Lock hospitals Punjab
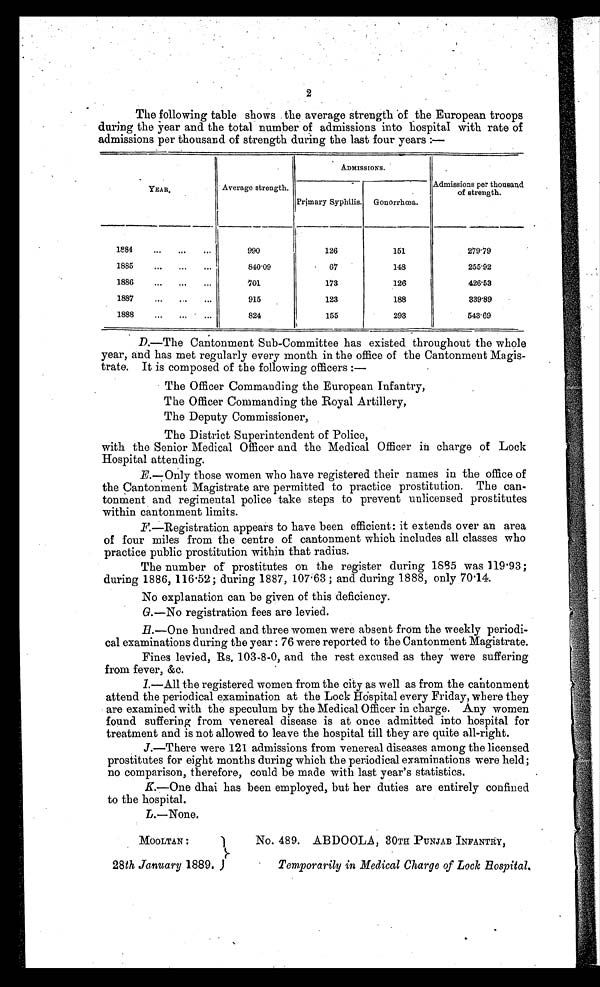
2
The following table shows the average strength of the European troops
during the year and the total number of admissions into hospital with rate of
admissions per thousand of strength during the last four years :—
ADMISSIONS.
YEAR.
Average strength.
Primary Syphilis. Gonorrhœa.
Admissions per thousand
of strength.
1884
...
. . .
. . .
990
126
151
279.79
1885
. . .
. . .
. . .
840.09
67
148
255.92
1886
...
. . .
...
701
173
126
426.53
1887
...
. . .
...
915
123
188
339.89
1888
...
...
...
824
155
293
543.69
D,—The Cantonment Sub-Committee has existed throughout the whole
year, and has met regularly every month in the office of the Cantonment Magis-
trate. It is composed of the following officers :—
The Officer Commanding the European Infantry,
The Officer Commanding the Royal Artillery,
The Deputy Commissioner,
The District Superintendent of Police,
with the Senior Medical Officer and the Medical Officer in charge of Lock
Hospital attending.
E.—Only those women who have registered their names in the office of
the Cantonment Magistrate are permitted to practice prostitution. The can-
tonment and regimental police take steps to prevent unlicensed prostitutes
within cantonment limits.
F.—Registration appears to have been efficient: it extends over an area
of four miles from the centre of cantonment which includes all classes who
practice public prostitution within that radius.
The number of prostitutes on the register during 1885 was 119.93;
during 1886, 116.52; during 1887, 107.63 ; and during 1888, only 70.14.
No explanation can be given of this deficiency.
G. —No registration fees are levied.
H.—One hundred and three women were absent from the weekly periodi-
cal examinations during the year : 76 were reported to the Cantonment Magistrate.
Fines levied, Rs. 103-8-0, and the rest excused as they were suffering
from fever, &c.
I. —All the registered women from the city as well as from the cantonment
attend the periodical examination at the Lock Hospital every Friday, where they
are examined with the speculum by the Medical Officer in charge. Any women
found suffering from venereal disease is at once admitted into hospital for
treatment and is not allowed to leave the hospital till they are quite all-right.
J.—There were 121 admissions from venereal diseases among the licensed
prostitutes for eight months during which the periodical examinations were held;
no comparison, therefore, could be made with last year's statistics.
K.—One dhai has been employed, but her duties are entirely confined
to the hospital.
L.—None.
MOOLTAN :
28th January 1889.
No. 489. ABDOOLA, 30TH PUNJAB INFANTRY,
Temporarily in Medical Charge of Look Hospital.